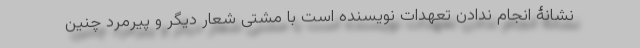
نشانۀ انجام ندادن تعهدات نویسنده است با مشتی شعار دیگر و پیرمرد چنین